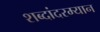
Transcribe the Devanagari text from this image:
शब्दांदरम्यान